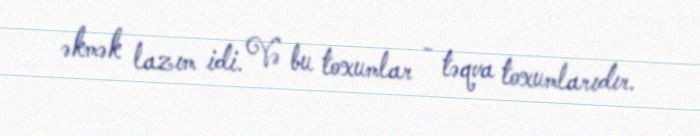
əkmək lazım idi. Və bu toxumlar - təqva toxumlarıdır.